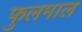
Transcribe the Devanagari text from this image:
फुलमाल